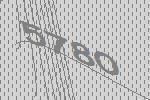
5780